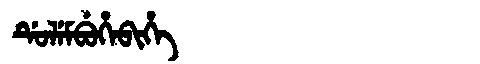
Manchu: ᡩᡠᠯᡝᠮᠪᡠᡥᡝᠪᡳᡥᡝ
Romanization: DULEMBUHEBIHE